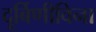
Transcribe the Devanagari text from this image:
दूर्बिणीविना